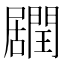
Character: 𨶽